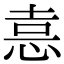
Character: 𭜶